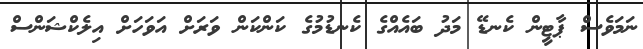
ނަމަވެސް ޕާޓީން ކެނޑޭ މަދު ބައެއްގެ ކެނޑުމުގެ ކަންކަން ވަރަށް އަވަހަށް އިލެކްޝަންސް